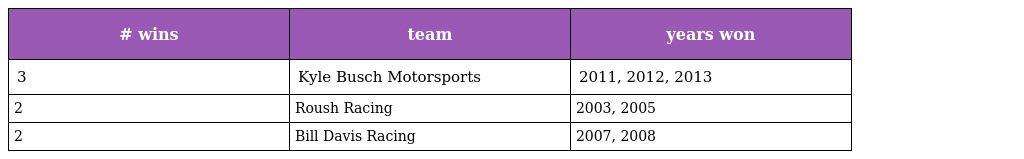
| # wins | team | years won |
 | --- | --- | --- |
 | 3 | Kyle Busch Motorsports | 2011, 2012, 2013 |
 | 2 | Roush Racing | 2003, 2005 |
 | 2 | Bill Davis Racing | 2007, 2008 |